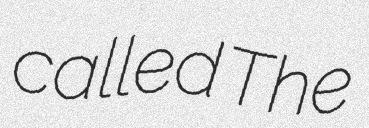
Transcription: called The